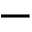
-